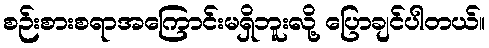
စဉ်းစားစရာအကြောင်းမရှိဘူးလို့ ပြောချင်ပါတယ်။